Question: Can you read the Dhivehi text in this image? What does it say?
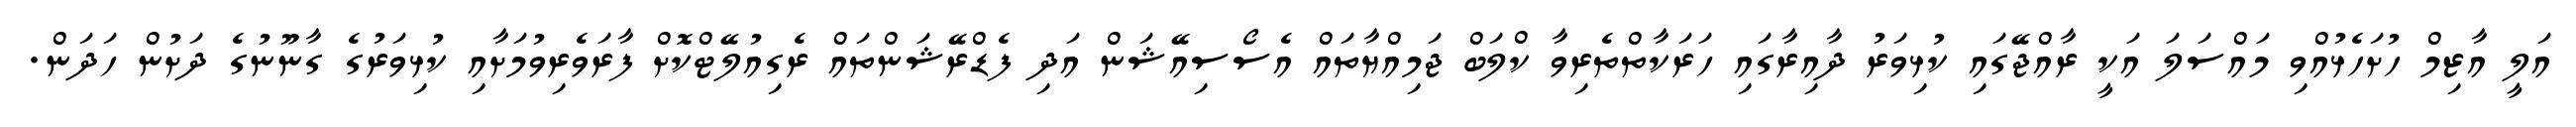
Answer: އަލީ އާޒިމް ހުށަހެޅުއްވި މައްސަލަ އަކީ ރާއްޖޭގައި ކުޅިވަރު ދާއިރާގައި ހަރަކާތްތެރިވާ ކްލަބް ޖަމިއްޔާތައް އެސޯސިއޭޝަން އަދި ފެޑްރޭޝަންތައް ރެގިއުލޭޓްކޮށް ފާރަވެރިވުމަށާއި ކުޅިވަރުގެ ގާނޫނުގެ ދަށުން ހަދަން.